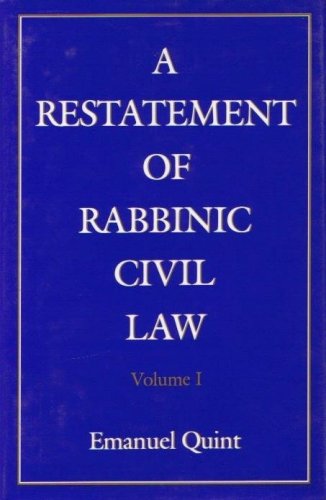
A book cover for A Restatement of Rabbinic Civil Law Volume 1 Laws of Judges and Laws of Evidence; Emanuel B. Quint; Religion & Spirituality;